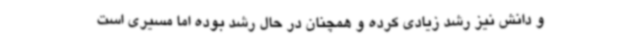
و دانش نیز رشد زیادی کرده‌ و همچنان در حال رشد بوده اما مسیری‌ است